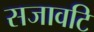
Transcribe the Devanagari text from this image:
सजावटि